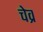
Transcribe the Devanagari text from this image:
चेव्र